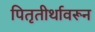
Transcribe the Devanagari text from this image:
पितृतीर्थावरून